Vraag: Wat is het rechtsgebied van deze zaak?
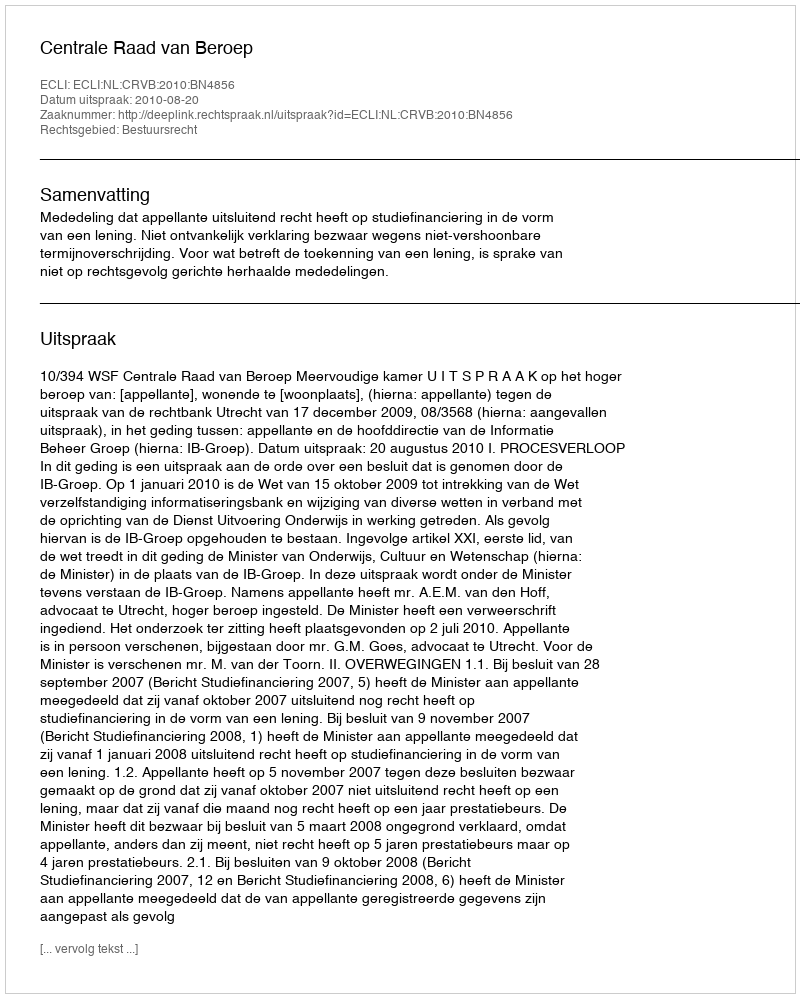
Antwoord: Bestuursrecht